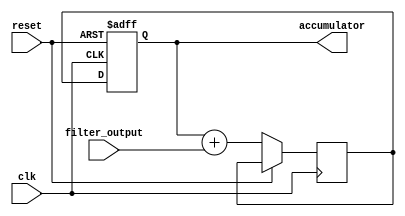
module iir_accumulator (
    input wire clk,
    input wire reset,
    input wire [7:0] filter_output,
    output reg [15:0] accumulator
);

reg [15:0] next_accumulator;

always @(posedge clk or posedge reset) begin
    if (reset) begin
        accumulator <= 16'h0000;
    end else begin
        next_accumulator <= accumulator + filter_output;
        accumulator <= next_accumulator;
    end
end

endmodule